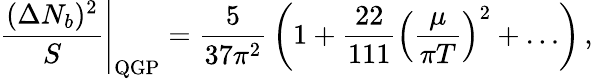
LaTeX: \left.{\frac{(\Delta N_{b})^{2}}{S}}\right\vert_{\mathrm{QGP}}={\frac{5}{37\pi^{2}}}\left(1+{\frac{22}{111}}\Bigl({\frac{\mu}{\pi T}}\Bigr)^{2}+\ldots\right)\, ,